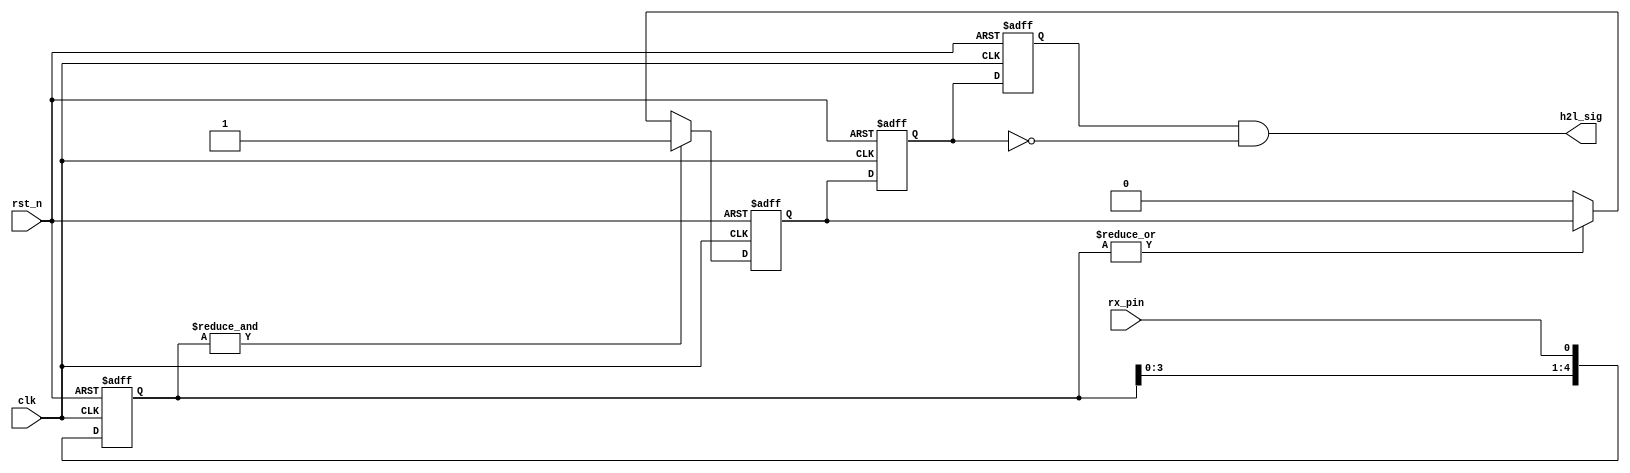
`timescale 1ns / 1ps
//////////////////////////////////////////////////////////////////////////////////
// Company: 
// Engineer: 
// 
// Design Name: 
// Module Name:    detect_module 
// Project Name: 
// Target Devices: 
// Tool versions: 
// Description: 
//
// Dependencies: 
//
// Revision: 
// Revision 0.01 - File Created
// Additional Comments: 
//
//////////////////////////////////////////////////////////////////////////////////
module rx_detect_module
(
    clk,
    rst_n,
    h2l_sig,
    rx_pin
);
    
    input clk;
    input rst_n;
    output h2l_sig;
    input rx_pin;
    
    /************************************************/
    
    parameter RX_DELAY = 4'd5;
    
    reg [RX_DELAY-1:0] rf_rx;
    
    always @(posedge clk or negedge rst_n)
    begin
        if(!rst_n)
            rf_rx <= {RX_DELAY{1'b1}};
        else
            rf_rx <= {rf_rx[RX_DELAY-2:0], rx_pin};
    end
    
    /************************************************/
    
    reg rx_debounced;
    
    always @(posedge clk or negedge rst_n)
    begin
        if(!rst_n)
            rx_debounced <= 1'b1;
        else
        begin
            if(&rf_rx[RX_DELAY-1:0] == 1'b1)
                rx_debounced <= 1'b1;
            else if(|rf_rx[RX_DELAY-1:0] == 1'b0)
                rx_debounced <= 1'b0;
        end
    end
    
    /************************************************/
    
    reg H2L_F1;
    reg H2L_F2;
    
    always @(posedge clk or negedge rst_n) begin
        if (!rst_n) begin
            H2L_F1 <= 1'b1;
            H2L_F2 <= 1'b1;
        end
        else begin
            H2L_F1 <= rx_debounced;
            H2L_F2 <= H2L_F1;
        end
    end
    
    
    assign h2l_sig = H2L_F2 & !H2L_F1;

endmodule